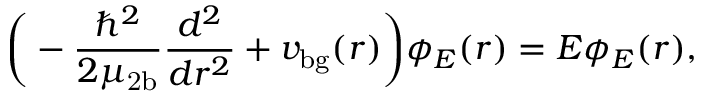
\bigg ( - \frac { \hbar ^ { 2 } } { 2 \mu _ { \mathrm { 2 b } } } \frac { d ^ { 2 } } { d r ^ { 2 } } + v _ { \mathrm { b g } } ( r ) \bigg ) \phi _ { E } ( r ) = E \phi _ { E } ( r ) ,